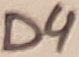
Text: D4